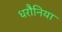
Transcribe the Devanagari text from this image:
धरौनिया